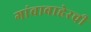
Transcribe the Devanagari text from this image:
गांवाबाहेरची